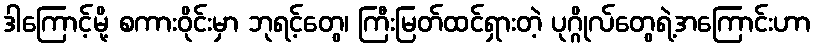
ဒါကြောင့်မို့ စကားဝိုင်းမှာ ဘုရင့်တွေ၊ ကြီးမြတ်ထင်ရှားတဲ့ ပုဂ္ဂိုလ်တွေရဲ့အကြောင်းဟာ